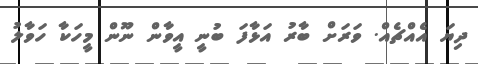
ދިޔަ އެއްޗެއް. ވަރަށް ބާރު އަޅާފަ ބުނީ އީވާން ނޫން މީހަކާ ހަވާލު